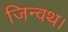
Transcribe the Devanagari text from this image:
जिन्वथ।